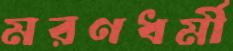
মরণধর্মী